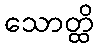
သောတ္ထိ